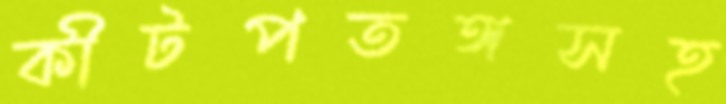
কীটপতঙ্গসহ